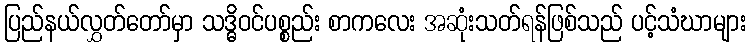
ပြည်နယ်လွှတ်တော်မှာ သဒ္ဓိဝင်ပစ္စည်း စာကလေး အဆုံးသတ်ရန်ဖြစ်သည် ပင့်သံဃာများ